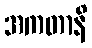
အကတာနိ